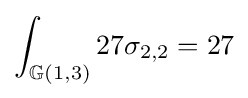
\int _{\mathbb {G} (1,3)}27\sigma _{2,2}=27